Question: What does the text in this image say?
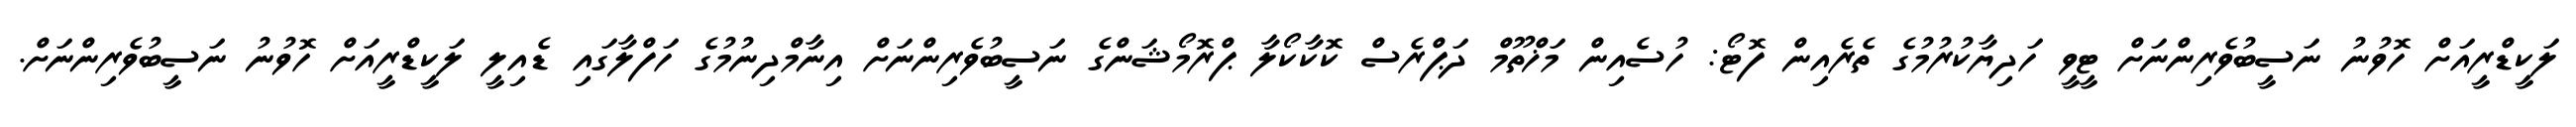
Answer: ލަކީޑްރީއަށް ހޮވުނު ނަސީބުވެރިންނަށް ޓީވީ ހަދިޔާކުރުމުގެ ތެރެއިން ފޮޓޯ: ހުސެއިން މަޚްތޫމް ދަޕްރެސް ކޮކާކޯލާ ޕްރޮމޯޝަންގެ ނަސީބުވެރިންނަށް އިނާމްދިނުމުގެ ހަފްލާގައި ޑެއިލީ ލަކީޑްރީއަށް ހޮވުނު ނަސީބުވެރިންނަށް.